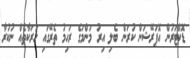
ޑޮކްޓަރުން އޮޕަރޭޝަން ކުރަން ބެލި އިރު މަންމަގެ ރަހިމު ތެރޭގައި ހަރަކާތެއް ނުކުރާ